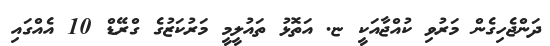
ދަންޖެހިގެން މަރުވި ކުއްޖާއަކީ ޏ. އަތޮޅު ތައުލީމީ މަރުކަޒުގެ ގްރޭޑް 10 އެއްގައި